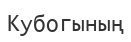
Кубогының